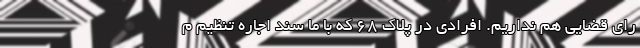
رای قضایی هم نداریم. افرادی در پلاک ۶۸ که با ما سند اجاره تنظیم م